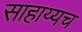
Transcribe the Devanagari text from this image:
साहाय्यच